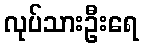
လုပ်သားဦးရေ